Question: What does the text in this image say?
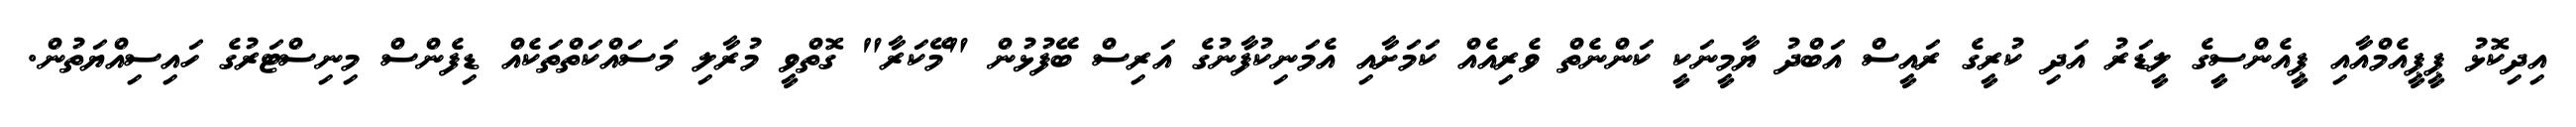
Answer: އިދިކޮޅު ޕީޕީއެމްއާއި ޕީއެންސީގެ ލީޑަރު އަދި ކުރީގެ ރައީސް އަބްދު ޔާމީނަކީ ކަންނެތް ވެރިއެއް ކަމަށާއި އެމަނިކުފާނުގެ އަރިސް ބޭފުޅުން "މޭކަރާ" ގޮތްވީ މުރާލި މަސައްކަތްތަކެއް ޑިފެންސް މިނިސްޓަރުގެ ހައިސިއްޔަތުން.